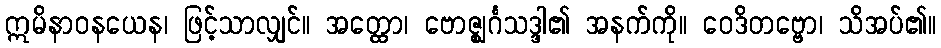
ဣမိနာဝနယေန၊ ဖြင့်သာလျှင်။ အတ္ထော၊ ဗောဇ္ဈင်္ဂသဒ္ဒါ၏ အနက်ကို။ ဝေဒိတဗ္ဗော၊ သိအပ်၏။